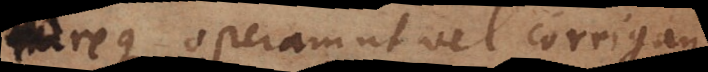
dareque operam ut vel corrigantur,